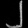
Digit: ၂